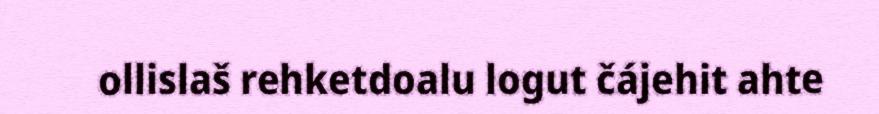
ollislaš rehketdoalu logut čájehit ahte